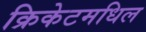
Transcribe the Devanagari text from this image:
क्रिकेटमधिल